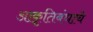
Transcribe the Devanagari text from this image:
आकॄतिबंधाचे